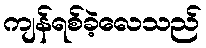
ကျန်ရစ်ခဲ့လေသည်